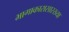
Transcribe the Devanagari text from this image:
भागाकारासारख्या